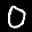
Label: 0